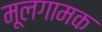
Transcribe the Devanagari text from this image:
मूलगामक